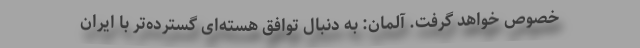
خصوص خواهد گرفت. آلمان: به دنبال توافق هسته‌ای گسترده‌تر با ایران